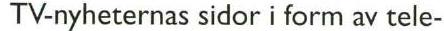
TV-nyheternas sidor i form av tele-